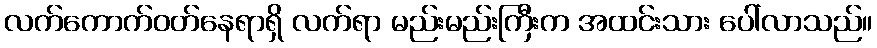
လက်ကောက်ဝတ်နေရာရှိ လက်ရာ မည်းမည်းကြီးက အထင်းသား ပေါ်လာသည်။